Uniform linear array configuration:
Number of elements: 8
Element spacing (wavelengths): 1
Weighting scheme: cosine
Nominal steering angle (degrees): -30
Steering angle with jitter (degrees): -29.607
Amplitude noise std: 0.05
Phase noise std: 0.05

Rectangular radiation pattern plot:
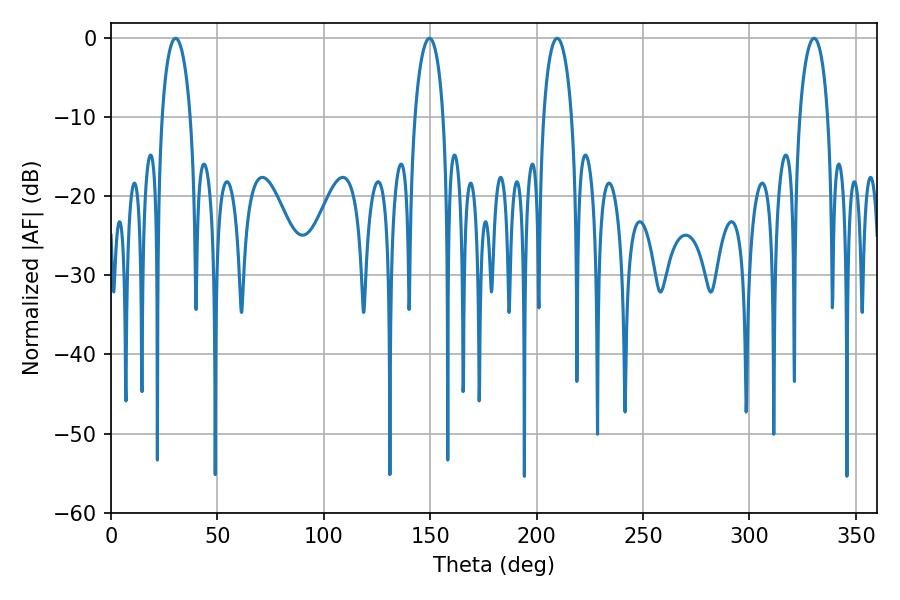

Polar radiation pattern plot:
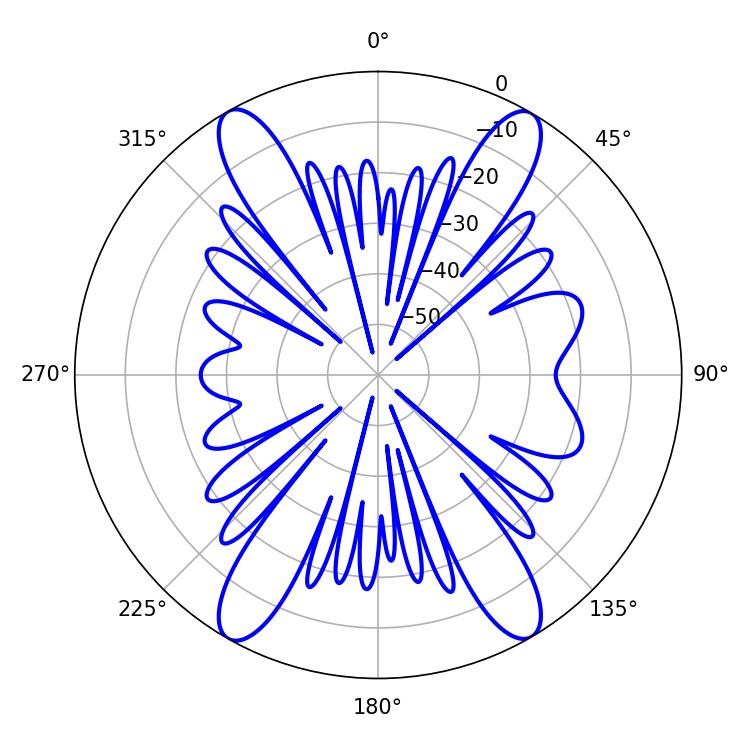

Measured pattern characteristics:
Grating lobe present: TRUE
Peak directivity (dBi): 22.967
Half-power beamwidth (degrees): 7.56
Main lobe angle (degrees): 30.42